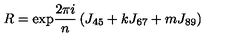
R = { \mathrm { e x p } } \frac { 2 \pi i } { n } \left( J _ { 4 5 } + k J _ { 6 7 } + m J _ { 8 9 } \right)